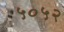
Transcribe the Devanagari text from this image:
५०५२